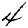
Digit: 4